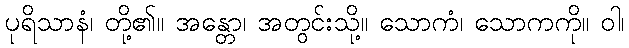
ပုရိသာနံ၊ တို့၏။ အန္တော၊ အတွင်းသို့။ သောကံ၊ သောကကို။ ဝါ၊